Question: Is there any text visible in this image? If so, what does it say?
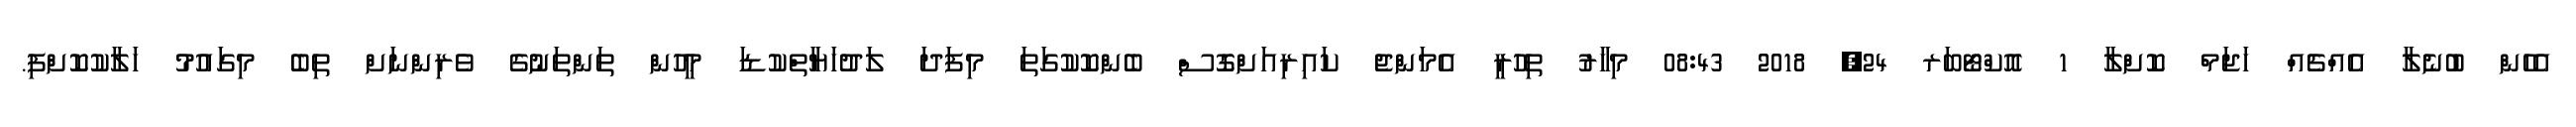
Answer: އެހެން ބުނެލާ އެއްޗެއް ހަޖަމް ކޮށްލާ 1 އޮކްޓޯބަރ 24, 2018 08:43 މިހާރު ތިހުރީ އެމަންޖެ ކައިރިއަށްގޮސް ބެންކޮކުގަތަ މިފަދަ ލަދުހަޔާތްކުޑަ މީހުން ތަންތަނުގެ ވެރިންނަށް ތިބެ މިގައުމު ހަލާކުކޮށްފި.